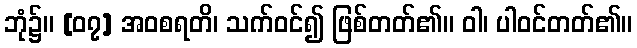
ဘုံ၌။ [၀၇] အဝစရတိ၊ သက်ဝင်၍ ဖြစ်တတ်၏။ ဝါ၊ ပါဝင်တတ်၏။